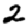
Digit: 2